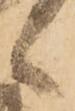
候